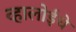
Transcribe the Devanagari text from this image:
व्हालोईचे